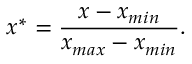
x ^ { * } = \frac { x - x _ { m i n } } { x _ { m a x } - x _ { m i n } } .